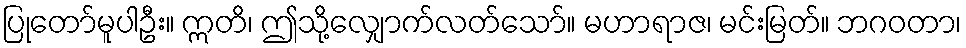
ပြုတော်မူပါဦး။ ဣတိ၊ ဤသို့လျှောက်လတ်သော်။ မဟာရာဇ၊ မင်းမြတ်။ ဘဂဝတာ၊